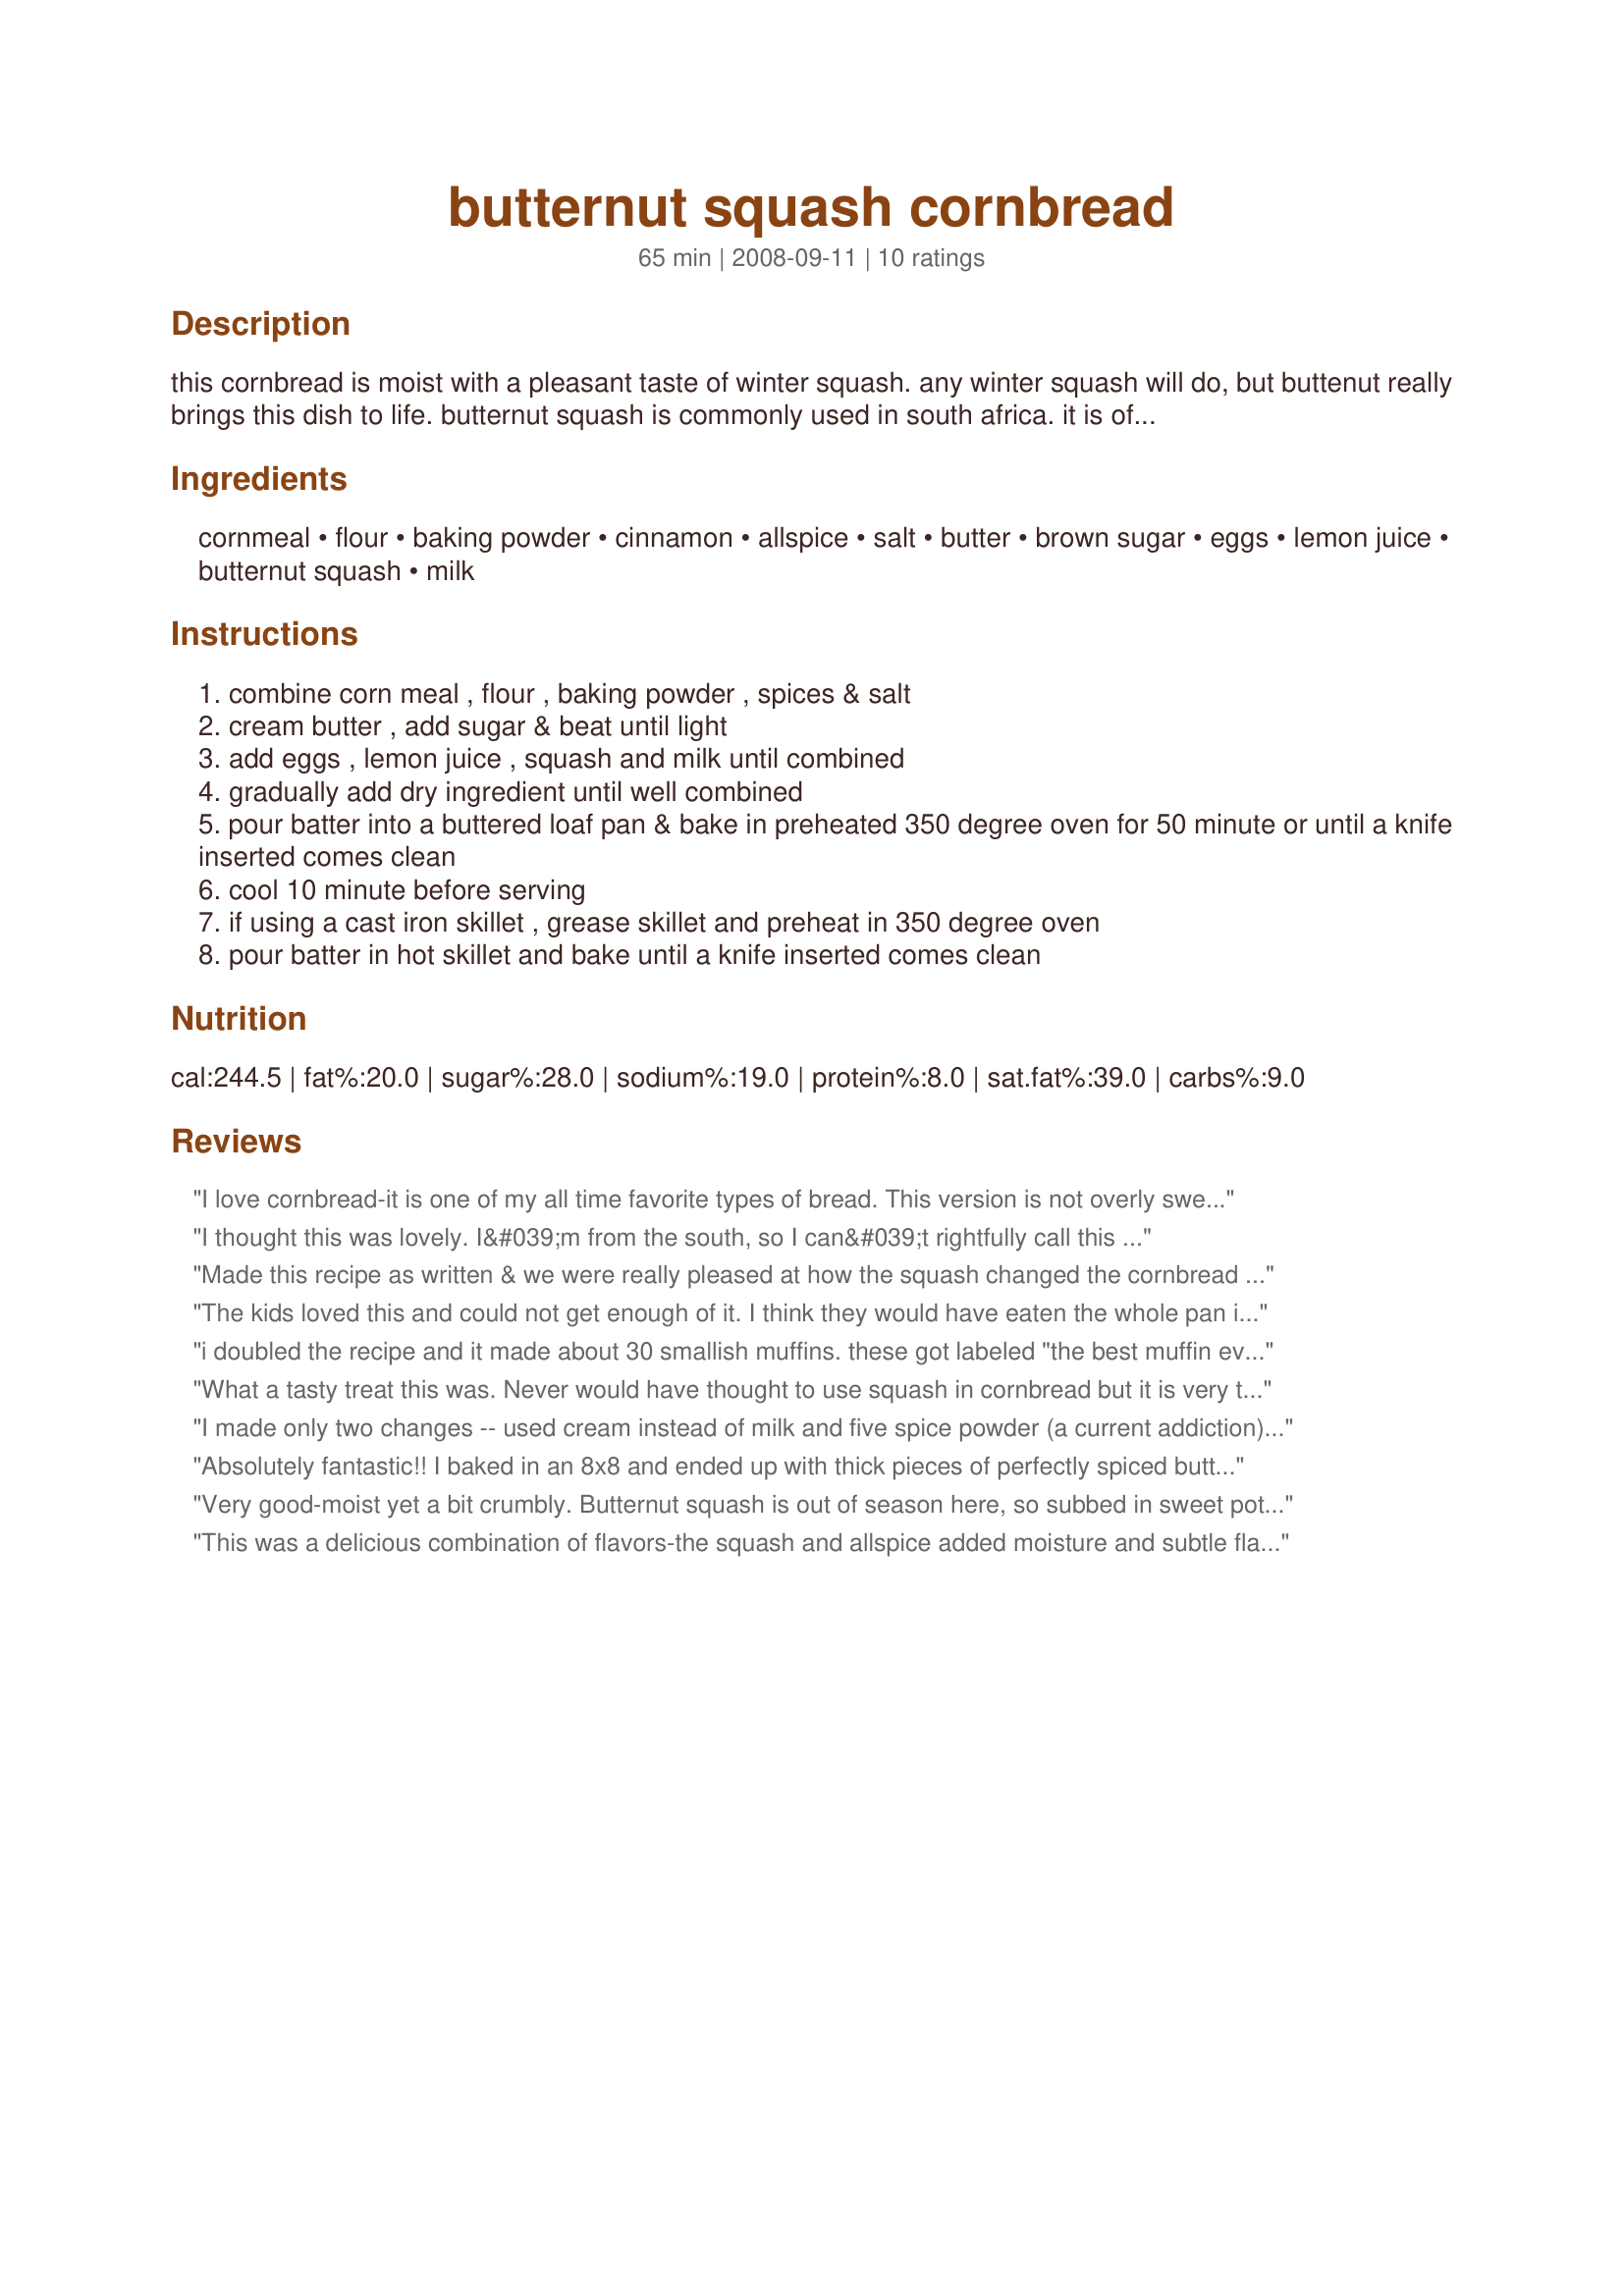
butternut squash cornbread
Preparation time: 65 minutes

this cornbread is moist with a pleasant taste of winter squash. any winter squash will do, but buttenut really brings this dish to life. butternut squash is commonly used in south africa. it is often used in soup/stew or can be cooked on a grill and often used as a mash added to various dishes. grilled butternut is normally either seasoned with spices such as nutmeg and cinnamon. if you have a cast iron skillet, use it instead of the loaf pan.

Ingredients:
cornmeal, flour, baking powder, cinnamon, allspice, salt, butter, brown sugar, eggs, lemon juice, butternut squash, milk

Steps:
combine corn meal , flour , baking powder , spices & salt
cream butter , add sugar & beat until light
add eggs , lemon juice , squash and milk until combined
gradually add dry ingredient until well combined
pour batter into a buttered loaf pan & bake in preheated 350 degree oven for 50 minute or until a knife inserted comes clean
cool 10 minute before serving
if using a cast iron skillet , grease skillet and preheat in 350 degree oven
pour batter in hot skillet and bake until a knife inserted comes clean

Reviews:
I love cornbread-it is one of my all time favorite types of bread. This version is not overly sweet and relies mostly on the natural sweetness of the squash. I used squash I had roasted about six weeks ago, froze, thawed then processed it in a food processor so there'd be little bits of squash throughout the cornbread. I always use a cast iron skillet to bake cornbread, too. A sprinkle of raw sugar was the final touch. Reviewed for Best of 2011 Game.
I thought this was lovely. I&#039;m from the south, so I can&#039;t rightfully call this cornbread -- It reminded me of a pone more than anything. I didn&#039;t have allspice, so I just used cinnamon. I accidentally used all white sugar, so I added a squirt of honey to make the flavor more complex than just plain sugar. My 10 oz bag of frozen squash made a little more than a cup worth of puree as well -- that&#039;s probably why it was more like a pone than bread. It was pretty sweet due to the extra honey, but it made a good pairing for some kale I made that was on the bitter side.
Made this recipe as written & we were really pleased at how the squash changed the cornbread ~ Very, very nice! Will certainly be making this one again! [Tagged, made & reviewed in Please Review My Recipe tag]
The kids loved this and could not get enough of it. I think they would have eaten the whole pan if I had let them. A couple of comments were that they didn't notice the squash at all and wouldn't have guessed it was in it if they hadn't help me make it.
i doubled the recipe and it made about 30 smallish muffins. these got labeled "the best muffin ever made in cooking class" by the staff and students. so yummy! (oh and we used 1/2 the butter and used whole wheat flour!) thanks for a great recipe!
What a tasty treat this was. Never would have thought to use squash in cornbread but it is very tasty and am so glad we tried this recipe. Made half recipe using pumpkin as that is what we had on hand. Also after reading reviewers notes about being a bit crumbly decide to add an extra egg to help bind it. Baked in an enamel coated cast iron pan and turn out very nice. Will be making this again. Thanks for the post.
I made only two changes -- used cream instead of milk and five spice powder (a current addiction) instead of all spice. This cornbread is fabulous. The butternut squash really does have a magical effect. The texture is smooth; there's a beautiful crumb; it's moist yet not too sweet or cake-like. I can't wait to try this again -- as muffins, with cranberries, with scallions and/or green chilies. Just wonderful!! Many thanks!
Absolutely fantastic!! I baked in an 8x8 and ended up with thick pieces of perfectly spiced buttery tasting tender cornbread. The butternut squash and corn taste were balanced perfectly with the spices as an undertone....no flavor overpowered any other. This was one of the best things I've made from this site.
Very good-moist yet a bit crumbly. Butternut squash is out of season here, so subbed in sweet potato. For the sweet potato, I bought a 15 oz. jar of sweet potatoes, thoroughly drained off the syrup, then mashed it, and it equaled 1 cup. I have too much whole wheat so used whole wheat due to a previous reviewer's review but b/c I did that the cornbread was not yellow instead it was brown so I am not recommending whole wheat when making this recipe. The reason I did not take a picture was b/c of the brown color. Baked mine in an 8 inch glass baking dish for 38 minutes. Made for 1-2-3 Hit Wonders. Thanks BakinBaby for posting.
This was a delicious combination of flavors-the squash and allspice added moisture and subtle flavor. My daughter loves cornbread, and ate it up! I made this for Best of 2010 Tag-thanks for a great recipe!
